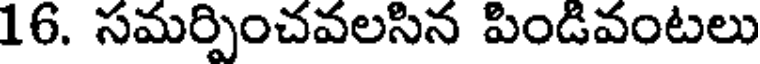
16. సమర్పించవలసిన పిండివంటలు